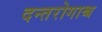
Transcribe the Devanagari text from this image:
दन्तरोगाश्च